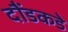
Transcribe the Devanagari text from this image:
दौंडकडे